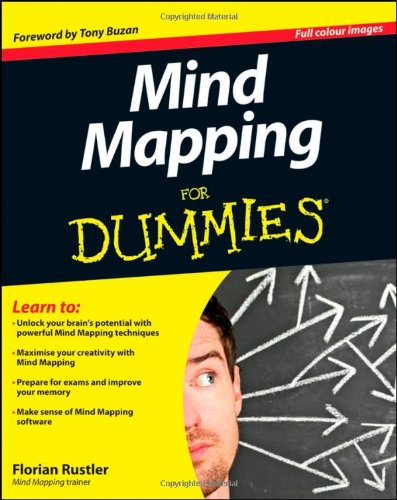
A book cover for Mind Mapping For Dummies; Florian Rustler; Self-Help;